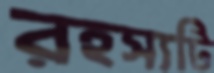
রহস্যটি